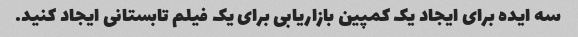
سه ایده برای ایجاد یک کمپین بازاریابی برای یک فیلم تابستانی ایجاد کنید.